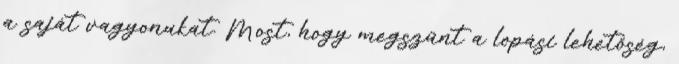
a saját vagyonukat. Most, hogy megszűnt a lopási lehetőség,